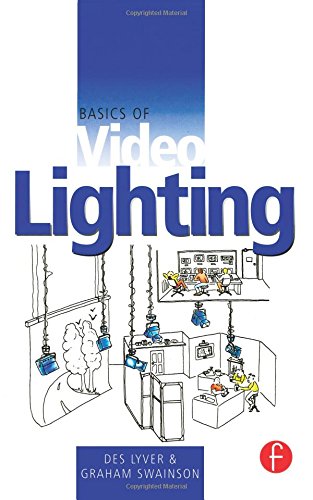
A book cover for Basics of Video Lighting; Des Lyver; Arts & Photography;